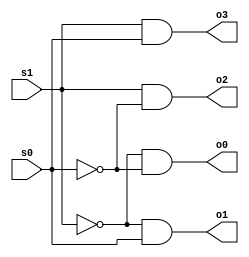
//Name : Anshul Kumar Shandilya
//d2x4.v, 2x4 decoder
// compile: ~changw/ivl/bin/iverilog d2x4.v
 // run: ./a.out

module decoder2x4(s1,s0,o0,o1,o2,o3);

	input s1,s0;
	output o0,o1,o2,o3;
	
	wire s1_inv,s0_inv;
	not (s1_inv,s1);
	not(s0_inv,s0);
	and(o0,s1_inv,s0_inv);
	and(o1,s1_inv,s0);
	and(o2,s1,s0_inv);
	and(o3,s1,s0);
	
endmodule

module d2x4_TestModule;

	reg s1, s0;													// two 1-bit flip flops
	wire o0, o1, o2, o3; 										// Output wires

	decoder2x4 decoder_24(s1, s0, o0, o1, o2, o3);				//Creating instance

	initial begin
		$monitor("%0d\t%b\t%b\t%b\t%b\t%b\t%b", $time, s1, s0, o0, o1, o2, o3);
		$display("Time\ts1\ts0\to0\to1\to2\to3");
		$display("--------------------------------------------------");
		#3; 
		$finish;
	end 

	always begin
		s1 = 0 ;s0 = 0;
		#1
		s1 = 0 ; s0 = 1;
		#1
		s1 = 1; s0 = 0;
		#1
		s1 = 1; s0 = 1;
		#1;
	end

endmodule